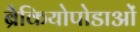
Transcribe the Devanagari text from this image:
ब्रैकियोपोडाओं